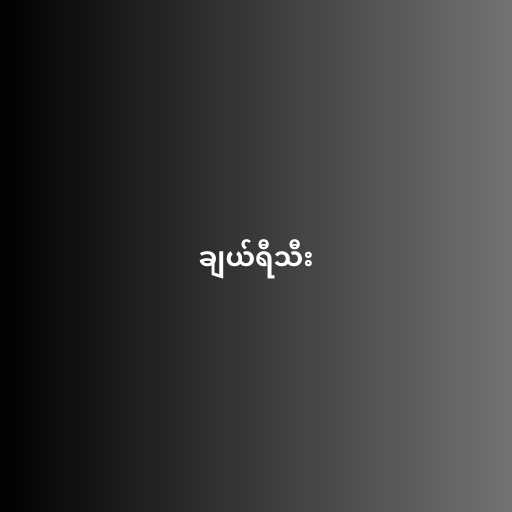
ချယ်ရီသီး